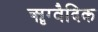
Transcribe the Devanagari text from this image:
ॠग्वैदिक